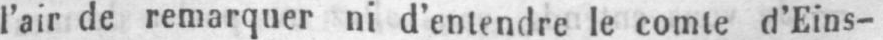
l’air de remarquer ni d’entendre le comte d’Eins-